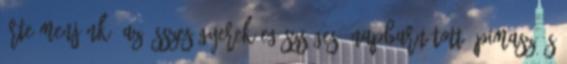
érte menjünk. Az összes gyerek egészséges, napbarnított, pimasz és